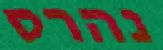
נהרס